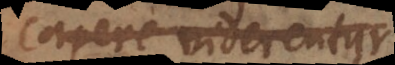
capere viderentur.